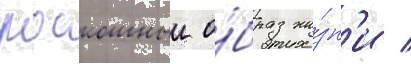
роскошныи о́браз жи́зн'и /